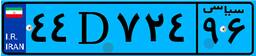
۷۲D۰۹۴۶۷